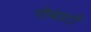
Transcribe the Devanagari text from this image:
रोबार्टो